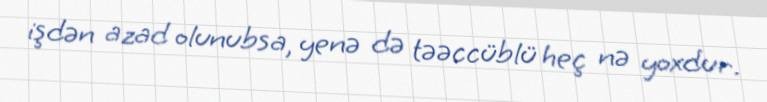
işdən azad olunubsa, yenə də təəccüblü heç nə yoxdur.